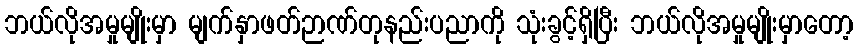
ဘယ်လိုအမှုမျိုးမှာ မျက်နှာဖတ်ဉာဏ်တုနည်းပညာကို သုံးခွင့်ရှိပြီး ဘယ်လိုအမှုမျိုးမှာတော့